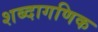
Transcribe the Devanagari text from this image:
शब्दागणिक